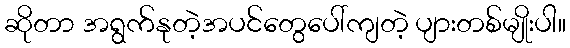
ဆိုတာ အရွက်နုတဲ့အပင်တွေပေါ်ကျတဲ့ ပျားတစ်မျိုးပါ။